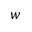
w